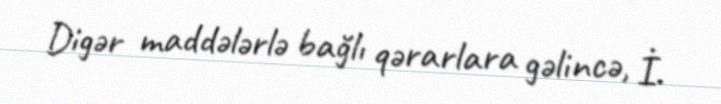
Digər maddələrlə bağlı qərarlara gəlincə, İ.